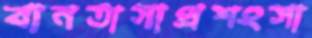
বানতাসাপ্রশংসা